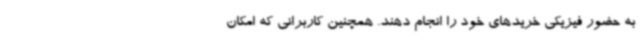
به حضور فیزیکی خریدهای خود را انجام دهند. همچنین کاربرانی که امکان